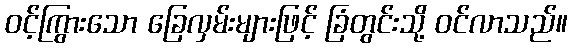
ဝင့်ကြွားသော ခြေလှမ်းများဖြင့် ခြံတွင်းသို့ ဝင်လာသည်။